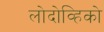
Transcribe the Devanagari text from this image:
लोदोव्हिको